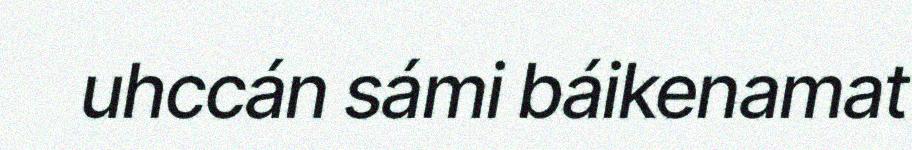
uhccán sámi báikenamat